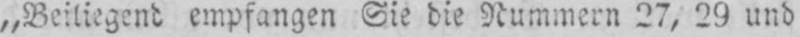
„Beiliegend empfangen Sie die Nummern 27, 29 und